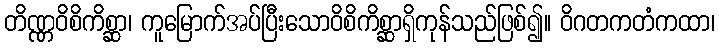
တိဏ္ဏဝိစိကိစ္ဆာ၊ ကူမြောက်အပ်ပြီးသောဝိစိကိစ္ဆာရှိကုန်သည်ဖြစ်၍။ ဝိဂတကတံကထာ၊